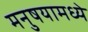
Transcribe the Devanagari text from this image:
मनुषयामध्ये